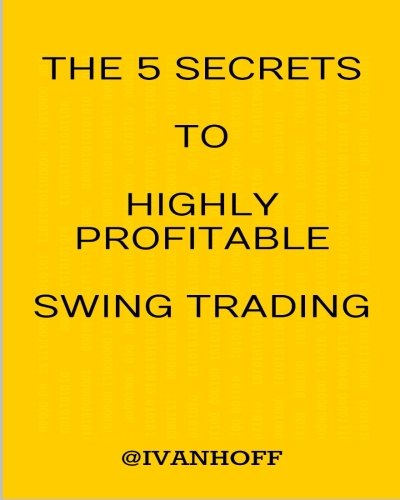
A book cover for The 5 Secrets To Highly Profitable Swing Trading; Ivaylo Ivanov; Business & Money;